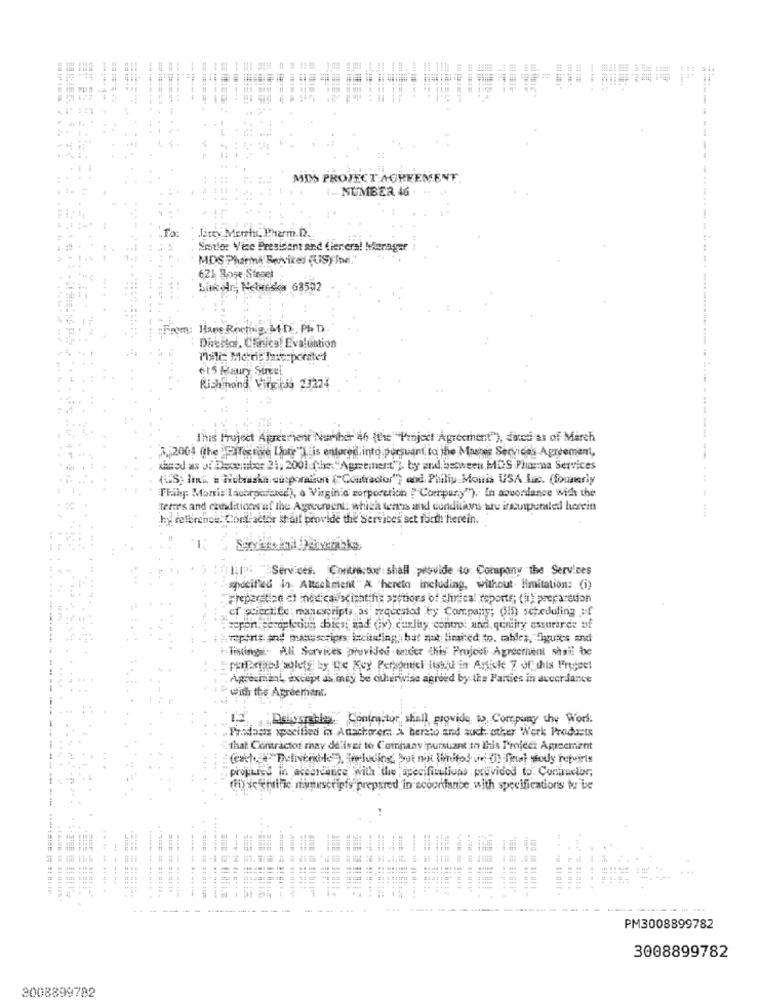
--
== ====
MIS PROTECT AGREEMENT
- NUMBER 46
Jetty Mersin, Pharm.D ..
Sotto: Vice President and (iereral Merager
MDS Pharma Services (US)nel.
621 Rose Street
Liker, Nebraska 68592
From: Have Routing MD, Ph. D.
Diresics, Chnica! Evaluation
ets Maury Sirvel
Rish nond Virgikus 23224
This Project Agreement Number 46 (the"Project Agreement"), diced as of March
22004 the 2Proctire Lote" is entored.into pursuant to the Masnis Services Agreement,
Kamed as of December 21; 2001 (the, "Agreement"), by and between MDS Pharma Services
(US) lini, a Fichaska susporation (Contractor"} cod Philip Morris USA las. (formerly
Thing: Marit [acctporene), a Virginid zorporetion " Compury"). In abbonlance Mier the
terms and czadditions af the Agreement: which terms and conditions are insurpuraled hereint
by reference: Conf setor stait provide the Services set forth! Herein.
(11.1": "Services, Coritrastoe: shall provide to: Company the Services
specified lo. Attackment"A hereto including, without limitation: (i)
Preparethe ct inedicalxicht;his actions of chirica' (sports; (li) preparation
cf scientife: manescripts as requested by Campariy; (mf) scheduling of
"zepen, perplecion chics, and Gy) curly control and, qunity assurance of
Tistings. Ali Services provided tinder this Project Agreement shall be
Agreement, except as indy be otherwise agreed by the Parties in accordance
with the Agreement.
it
Deliverables Contractor' shall provide to Company the Work.
Prodasis specified in Anachprerat A bersto and such other Work Products
-+
that Contractor miay delivet to Cetripaay pursuant to this Tricet Agreement
projures in accordance with the specifiutlions provided to Contractor,
(ii) scientific mintscripts prepared in scoortance with specifications tu be
---
4448
. ... .
. .. ......
----------
...
PM3008899782
3008899782
3008899782